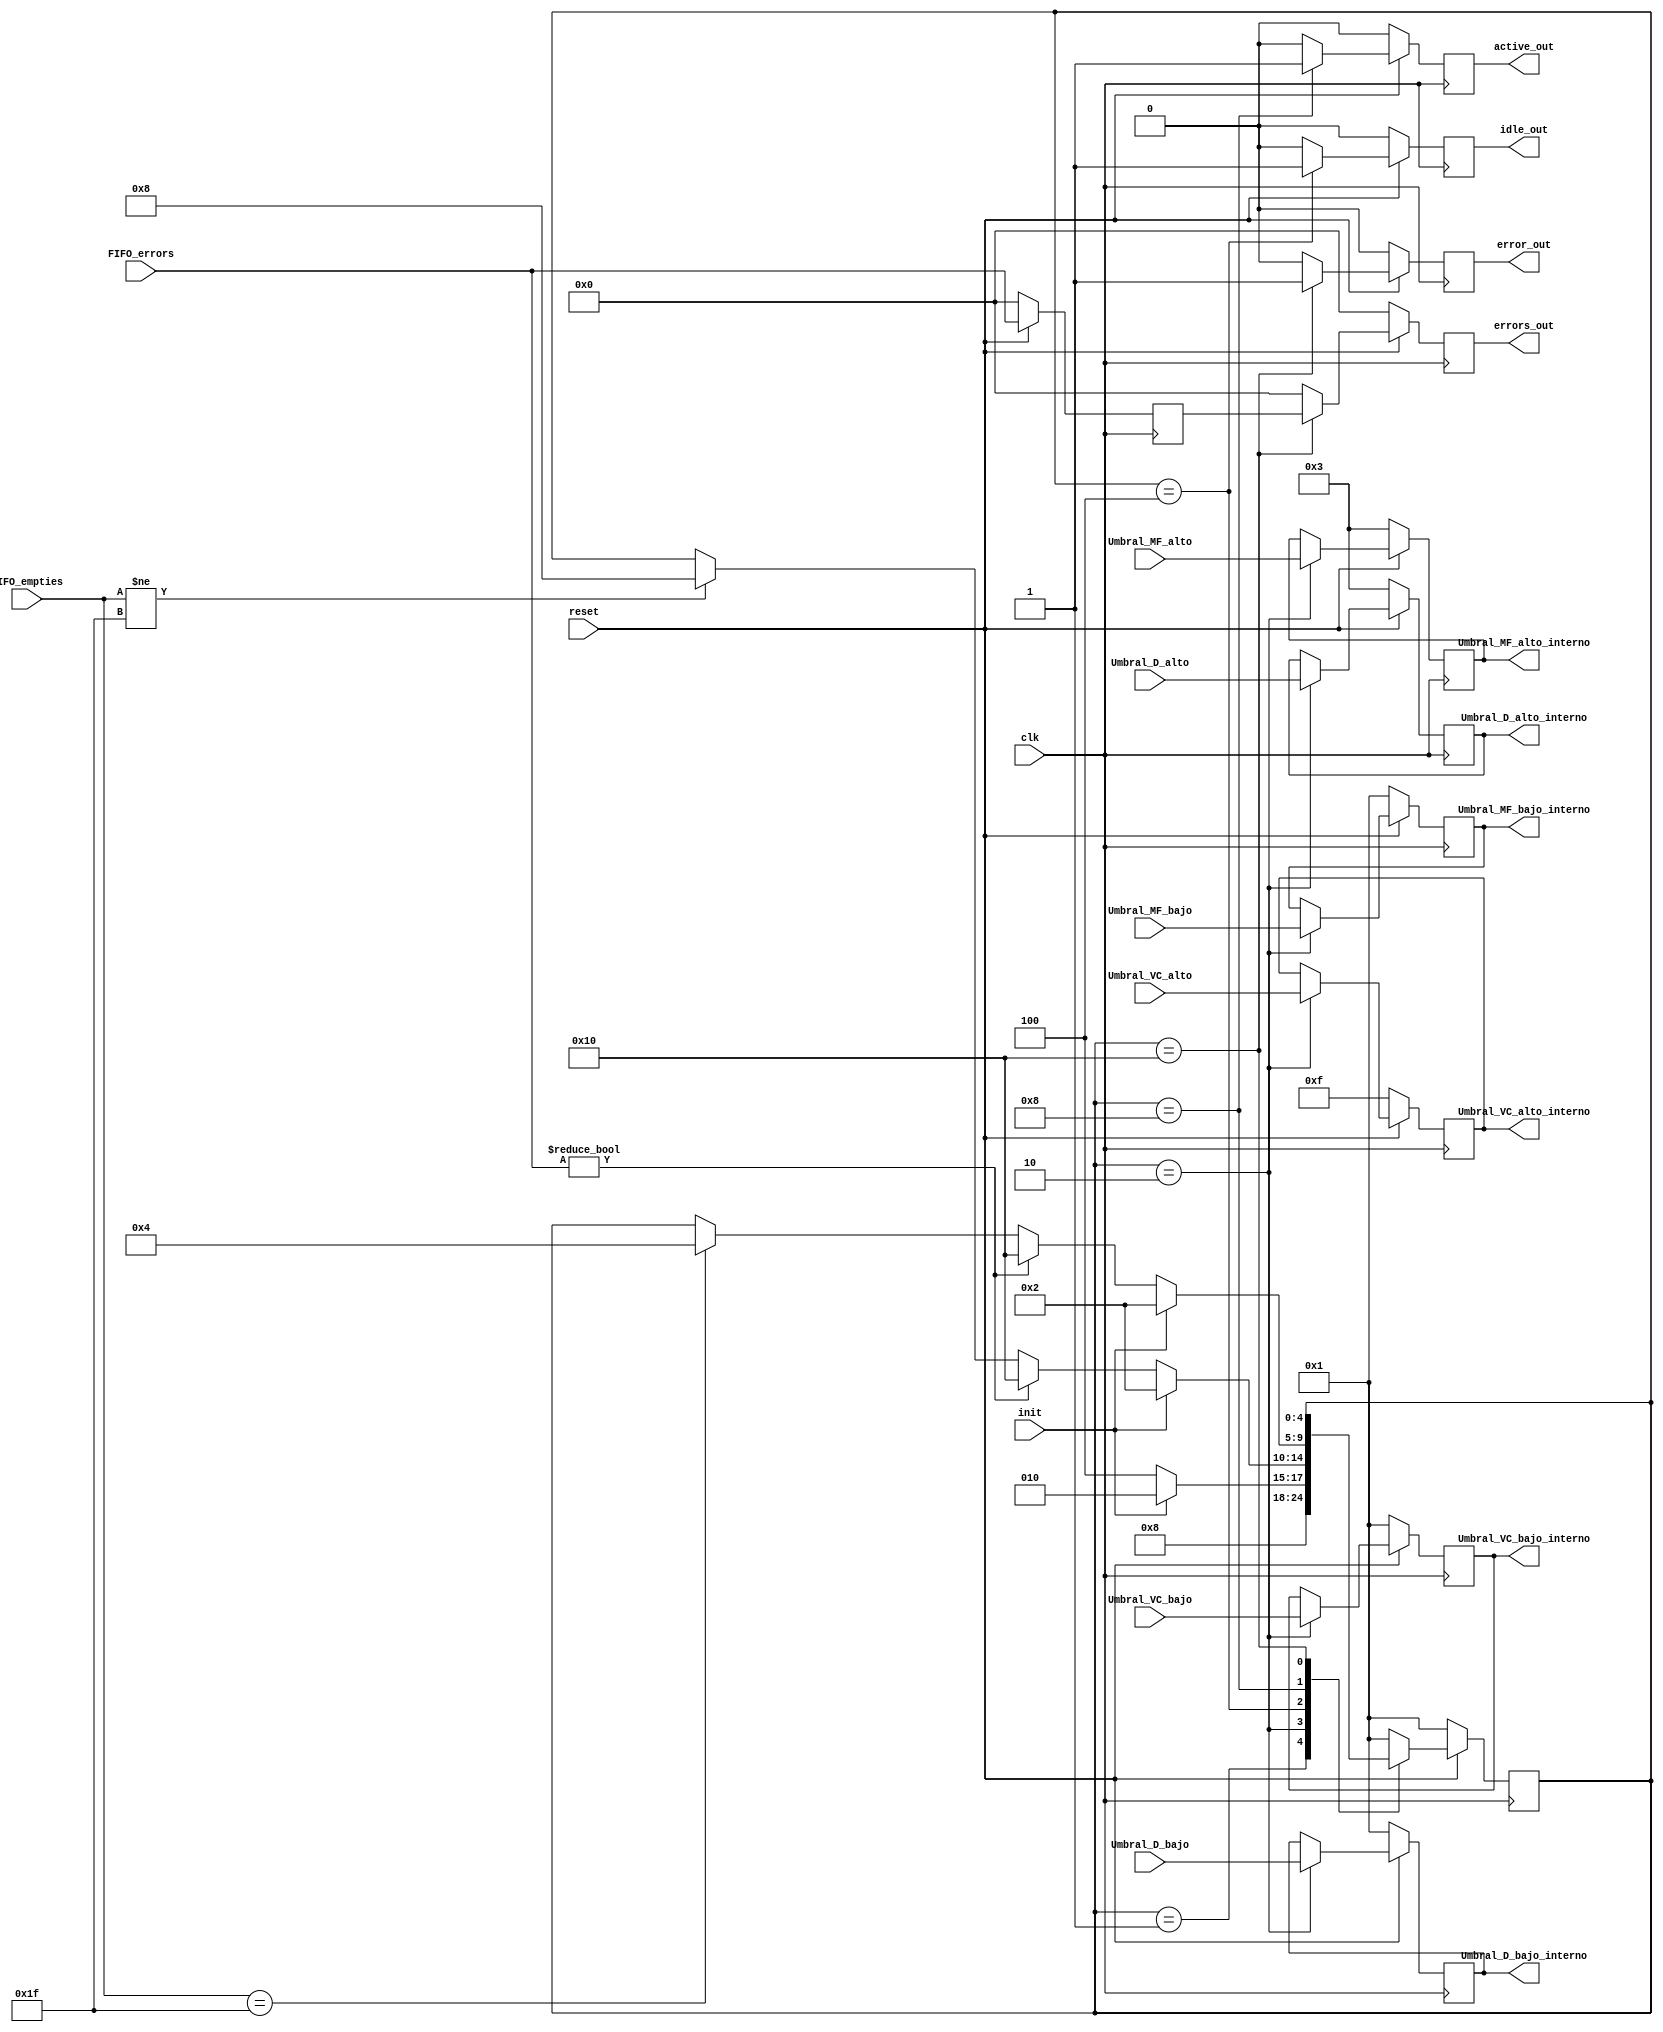
module maquina (
    input clk,
    input reset,
    input init,
    input [4:0] Umbral_MF_alto,
    input [4:0] Umbral_MF_bajo,
    input [4:0] Umbral_VC_alto,
    input [4:0] Umbral_VC_bajo,
    input [4:0] Umbral_D_alto,
    input [4:0] Umbral_D_bajo,
    input [4:0] FIFO_empties,
    input [4:0] FIFO_errors,
    output reg [4:0] Umbral_MF_alto_interno,
    output reg [4:0] Umbral_MF_bajo_interno,
    output reg [4:0] Umbral_VC_alto_interno,
    output reg [4:0] Umbral_VC_bajo_interno,
    output reg [4:0] Umbral_D_alto_interno,
    output reg [4:0] Umbral_D_bajo_interno,
    output reg error_out,
    output reg [4:0] errors_out,
    output reg active_out,
    output reg idle_out);

    reg [4:0] estado, estado_proximo;

    // Salidas intermedias:
    reg [4:0] Umbral_MF_alto_interno_temp;
    reg [4:0] Umbral_VC_alto_interno_temp;
    reg [4:0] Umbral_D_alto_interno_temp;
    reg [4:0] Umbral_MF_bajo_interno_temp;
    reg [4:0] Umbral_VC_bajo_interno_temp;
    reg [4:0] Umbral_D_bajo_interno_temp;
    reg error_out_temp;
    reg [4:0] errors_out_temp;
    reg active_out_temp;
    reg idle_out_temp;

    // Se guarda el valor de los errores
    reg [4:0] FIFO_errors_temp;

    parameter RESET = 1;
    parameter INIT = 2;
    parameter IDLE = 4;
    parameter ACTIVE = 8;
    parameter ERROR = 16;

    always @ (posedge clk) begin
        if (!reset) begin
            Umbral_MF_alto_interno <= 3;
            Umbral_VC_alto_interno <= 15;
            Umbral_D_alto_interno <= 3;
            Umbral_MF_bajo_interno <= 1;
            Umbral_VC_bajo_interno <= 1;
            Umbral_D_bajo_interno <= 1;
            error_out <= 0;
            errors_out <= 00000;
            active_out <= 0;
            idle_out <= 0;
            FIFO_errors_temp <= 00000;
        end

        else begin
            Umbral_MF_alto_interno <= Umbral_MF_alto_interno_temp;
            Umbral_VC_alto_interno <= Umbral_VC_alto_interno_temp;
            Umbral_D_alto_interno <= Umbral_D_alto_interno_temp;
            Umbral_MF_bajo_interno <= Umbral_MF_bajo_interno_temp;
            Umbral_VC_bajo_interno <= Umbral_VC_bajo_interno_temp;
            Umbral_D_bajo_interno <= Umbral_D_bajo_interno_temp;
            error_out <= error_out_temp;
            errors_out <= errors_out_temp;
            active_out <= active_out_temp;
            idle_out <= idle_out_temp;
            FIFO_errors_temp <= FIFO_errors;
        end
    end

    always @ (posedge clk) begin
        if (!reset) estado <= RESET;
        else estado <= estado_proximo;
    end

    always @ (*) begin

        // Valores por defecto
        idle_out_temp = 0;
        active_out_temp = 0;
        error_out_temp = 0;
        errors_out_temp = 00000;
        Umbral_MF_alto_interno_temp = Umbral_MF_alto_interno;
        Umbral_VC_alto_interno_temp = Umbral_VC_alto_interno;
        Umbral_D_alto_interno_temp = Umbral_D_alto_interno;
        Umbral_MF_bajo_interno_temp = Umbral_MF_bajo_interno;
        Umbral_VC_bajo_interno_temp = Umbral_VC_bajo_interno;
        Umbral_D_bajo_interno_temp = Umbral_D_bajo_interno;

        estado_proximo = estado;

        case(estado)
        
            RESET: begin

                estado_proximo = INIT;

            end

            INIT: begin

                Umbral_MF_alto_interno_temp = Umbral_MF_alto;
                Umbral_VC_alto_interno_temp = Umbral_VC_alto;
                Umbral_D_alto_interno_temp = Umbral_D_alto;
                Umbral_MF_bajo_interno_temp = Umbral_MF_bajo;
                Umbral_VC_bajo_interno_temp = Umbral_VC_bajo;
                Umbral_D_bajo_interno_temp = Umbral_D_bajo;

                estado_proximo = IDLE;

                if (init) estado_proximo = INIT;

            end

            IDLE: begin
   
                idle_out_temp = 1;

                if (init) estado_proximo = INIT;
                else if (FIFO_errors != 'b00000) estado_proximo = ERROR;
                else if (FIFO_empties != 'b11111) estado_proximo = ACTIVE;

            end

            ACTIVE: begin

                active_out_temp = 1;

                if (init) estado_proximo = INIT;
                else if (FIFO_errors != 'b00000) estado_proximo = ERROR;
                else if (FIFO_empties == 'b11111) estado_proximo = IDLE;

            end

            ERROR: begin

                error_out_temp = 1;
                errors_out_temp = FIFO_errors_temp;

                if (!reset) estado_proximo = RESET;

            end

            default:
                estado_proximo = RESET;
        
        endcase

    end

endmodule